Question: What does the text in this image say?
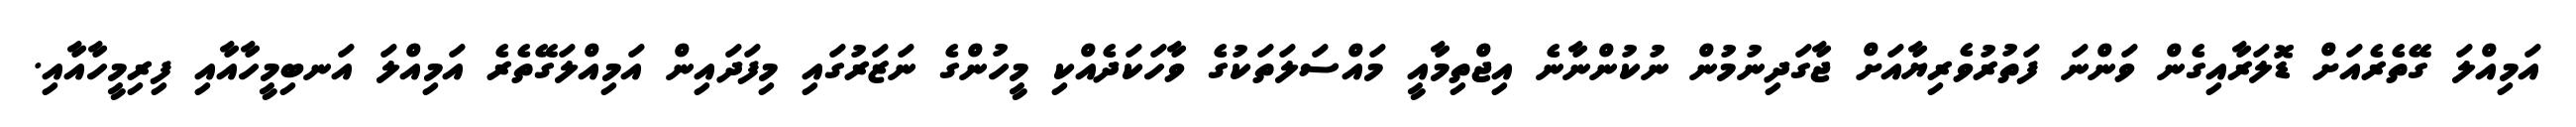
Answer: އަމިއްލަ ގޭތެރެއަށް ޑޮލަރާއިގެން ވަންނަ ފަތުރުވެރިޔާއަށް ޖާގަދިނުމުން ނުކުންނާނެ އިޖްތިމާއީ މައްސަލަތަކުގެ ވާހަކަދެއްކި މީހުންގެ ނަޒަރުގައި މިފަދައިން އަމިއްލަގޭތެރެ އަމިއްލަ އަނބިމީހާއާއި ފިރިމީހާއާއި.